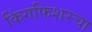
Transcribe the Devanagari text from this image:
किंगफिशरचा